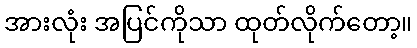
အားလုံး အပြင်ကိုသာ ထုတ်လိုက်တော့။